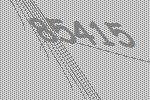
85415